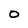
Character: O